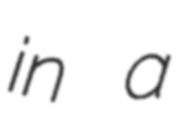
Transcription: in a